Mental hospitals Bombay report 1929-33 - 1929-1933
Year: 1929
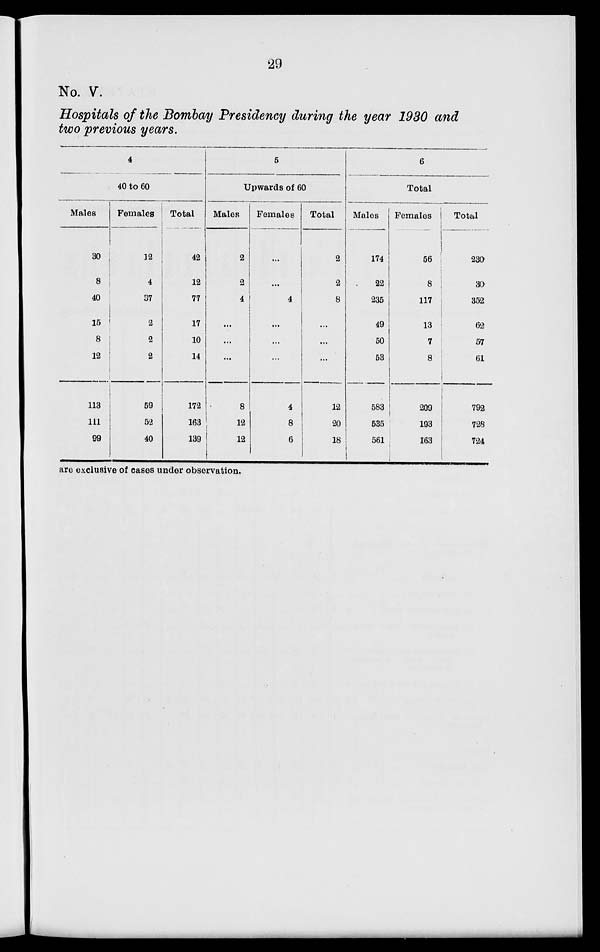
29
No. V.
Hospitals of the Bombay Presidency during the year 1930 and
two previous years.
4
40 to 60
Males
30
8
40
15
8
12
113
111
99
Females
12
4
37
2
2
2
59
52
40
Total
42
12
77
17
10
14
172
163
139
5
Upwards of 60
Males
2
2
4
...
...
...
8
12
12
Females
...
...
4
...
...
...
4
8
6
Total
2
2
8
...
...
12
20
18
6
Total
Males
174
22
235
49
50
53
583
535
561
Females
56
8
117
13
7
8
209
193
163
Total
230
30
352
62
57
61
792
728
724
are exclusive of cases under observation.